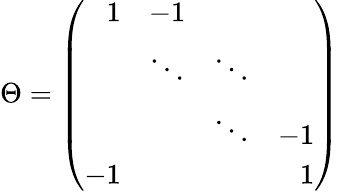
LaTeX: \Theta=\left(\begin{array}{rrrr}{{1}}&{{-1}}&{{}}&{{}}\\ {{}}&{{\ddots}}&{{\ddots}}&{{}}\\ {{}}&{{}}&{{\ddots}}&{{-1}}\\ {{-1}}&{{}}&{{}}&{{1}}\end{array}\right)